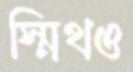
স্মিথও